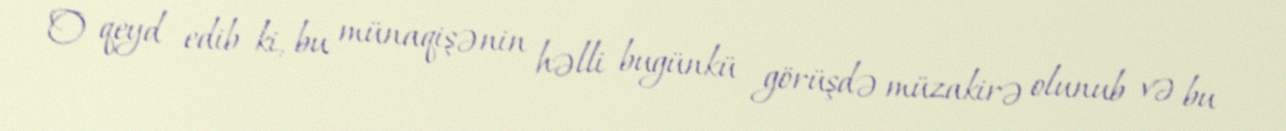
O qeyd edib ki, bu münaqişənin həlli bugünkü görüşdə müzakirə olunub və bu